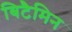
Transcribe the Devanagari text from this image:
बिटैमिन